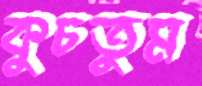
কুচতুম